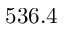
5 3 6 . 4